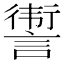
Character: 𬣀